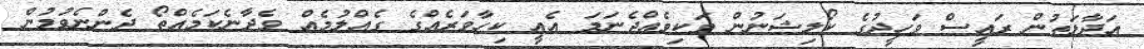
އަދާލަތުން ރައީސް ވަހީދުގެ ކޯލިޝަނުން ވަކިވެއްޖެނަމަ އެއީ ކިހާވަރެއްގެ ގެއްލުމެއް ވެދާނެކަމެއްތޯ ދެންނެވުމުން